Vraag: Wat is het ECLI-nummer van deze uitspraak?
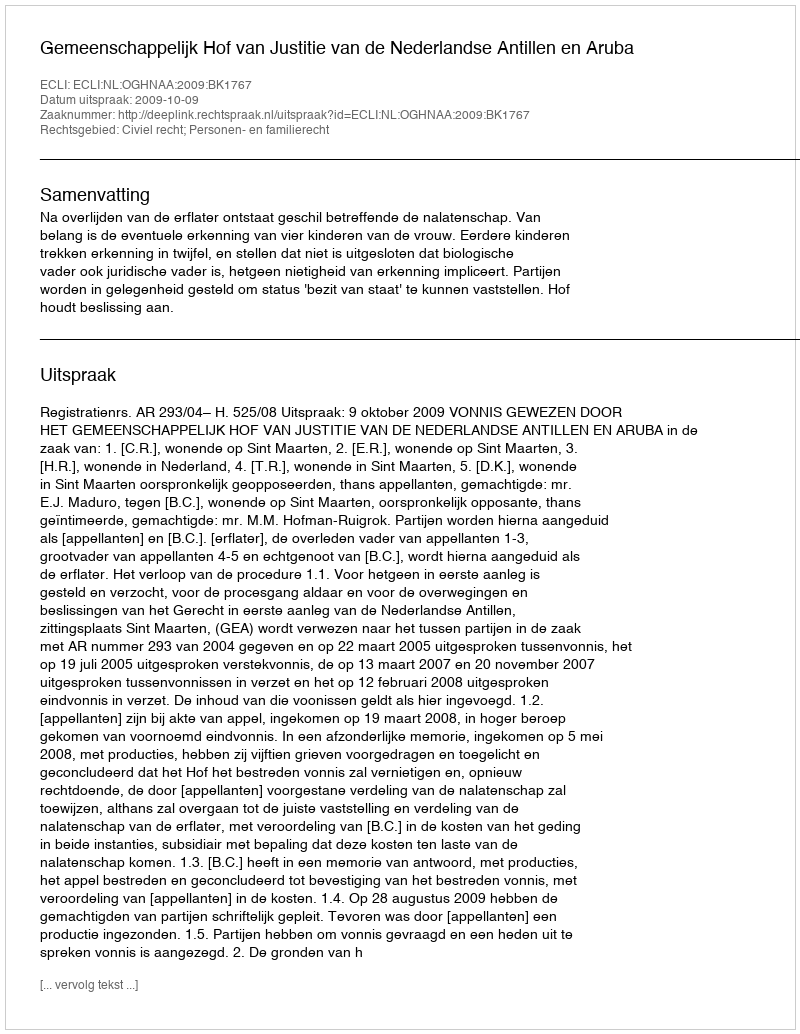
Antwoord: ECLI:NL:OGHNAA:2009:BK1767